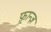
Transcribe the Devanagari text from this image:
फ़्रान्ज़